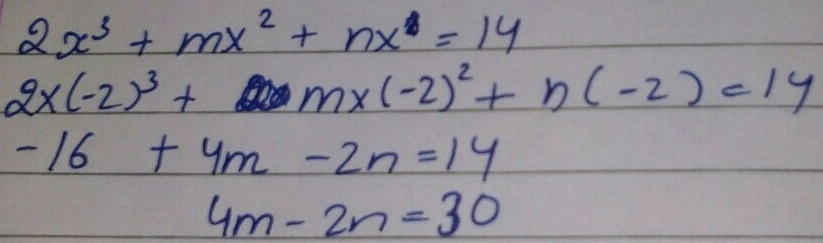
\[
\begin{align*}
2x^{3}+mx^{2}+nx&=14\\
2\times(-2)^{3}+m\times(-2)^{2}+n\times(-2)&=14\\
-16 + 4m-2n&=14\\
4m - 2n&=30
\end{align*}
\]